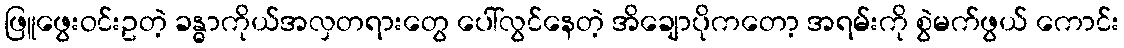
ဖြူဖွေးဝင်းဥတဲ့ ခန္ဓာကိုယ်အလှတရားတွေ ပေါ်လွင်နေတဲ့ အိချောပိုကတော့ အရမ်းကို စွဲမက်ဖွယ် ကောင်း